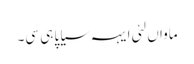
ماواں لئی ایہہ سیاپا ہی سی۔